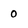
Character: o